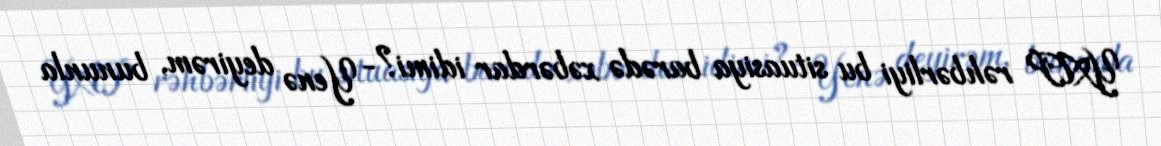
YAP rəhbərliyi bu situasiya barədə xəbərdar idimi?- Yenə deyirəm, bununla